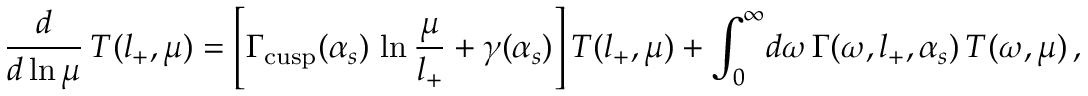
\frac { d } { d \ln \mu } \, T ( l _ { + } , \mu ) = \left[ \Gamma _ { \mathrm { c u s p } } ( \alpha _ { s } ) \, \ln \frac { \mu } { l _ { + } } + \gamma ( \alpha _ { s } ) \right] T ( l _ { + } , \mu ) + \int _ { 0 } ^ { \infty } \! d \omega \, \Gamma ( \omega , l _ { + } , \alpha _ { s } ) \, T ( \omega , \mu ) \, ,